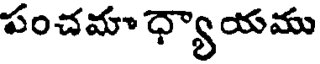
పంచమా ధ్యాయము